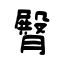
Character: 臀